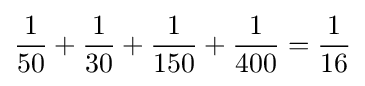
{\frac {1}{50}}+{\frac {1}{30}}+{\frac {1}{150}}+{\frac {1}{400}}={\frac {1}{16}}